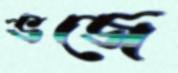
ভজে